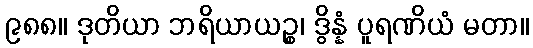
၉၈၈။ ဒုတိယာ ဘရိယာယဉ္စ၊ ဒွိန္နံ ပူရဏိယံ မတာ။